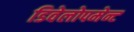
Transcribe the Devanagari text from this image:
डिवेलोपमेन्ट